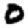
Digit: 0